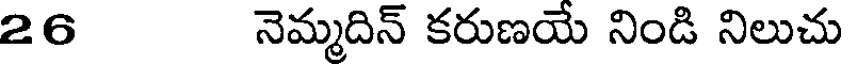
26 నెమ్మదిన్ కరుణయే నిండి నిలుచు